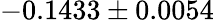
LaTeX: -0.1433\pm 0.0054